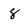
Character: 8